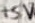
Text: +5V